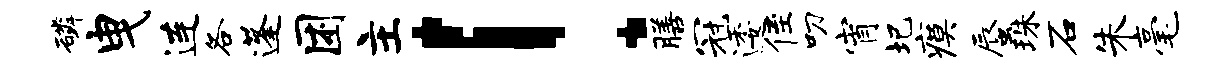
磷曳连各蓬困主！膳冠逶侄叨宵圯瘼蜃珠石朱毫